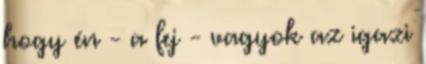
hogy én - a fej - vagyok az igazi